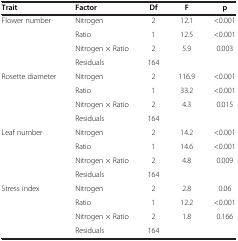
<table><thead><tr><td><b>Trait</b></td><td><b>Factor</b></td><td><b>Df</b></td><td><b>F</b></td><td><b>p</b></td></tr></thead><tbody><tr><td rowspan="4">Flower number</td><td>Nitrogen</td><td>2</td><td>12.1</td><td>&lt;0.001</td></tr><tr><td>Ratio</td><td>1</td><td>12.5</td><td>&lt;0.001</td></tr><tr><td>Nitrogen × Ratio</td><td>2</td><td>5.9</td><td>0.003</td></tr><tr><td>Residuals</td><td>164</td><td> </td><td> </td></tr><tr><td rowspan="4">Rosette diameter</td><td>Nitrogen</td><td>2</td><td>116.9</td><td>&lt;0.001</td></tr><tr><td>Ratio</td><td>1</td><td>33.2</td><td>&lt;0.001</td></tr><tr><td>Nitrogen × Ratio</td><td>2</td><td>4.3</td><td>0.015</td></tr><tr><td>Residuals</td><td>164</td><td> </td><td> </td></tr><tr><td rowspan="4">Leaf number</td><td>Nitrogen</td><td>2</td><td>14.2</td><td>&lt;0.001</td></tr><tr><td>Ratio</td><td>1</td><td>14.6</td><td>&lt;0.001</td></tr><tr><td>Nitrogen × Ratio</td><td>2</td><td>4.8</td><td>0.009</td></tr><tr><td>Residuals</td><td>164</td><td> </td><td> </td></tr><tr><td rowspan="4">Stress index</td><td>Nitrogen</td><td>2</td><td>2.8</td><td>0.06</td></tr><tr><td>Ratio</td><td>1</td><td>12.2</td><td>&lt;0.001</td></tr><tr><td>Nitrogen × Ratio</td><td>2</td><td>1.8</td><td>0.166</td></tr><tr><td>Residuals</td><td>164</td><td> </td><td> </td></tr></tbody></table>